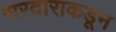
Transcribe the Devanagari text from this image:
सरदाराकडून